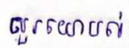
សួរយោបល់